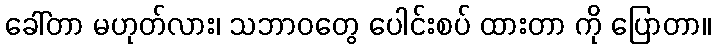
ခေါ်တာ မဟုတ်လား၊ သဘာဝတွေ ပေါင်းစပ် ထားတာ ကို ပြောတာ။